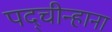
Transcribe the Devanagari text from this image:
पद्चीन्हाना